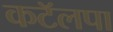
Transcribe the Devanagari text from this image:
कटॅलपा